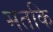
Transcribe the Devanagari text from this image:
मतकि